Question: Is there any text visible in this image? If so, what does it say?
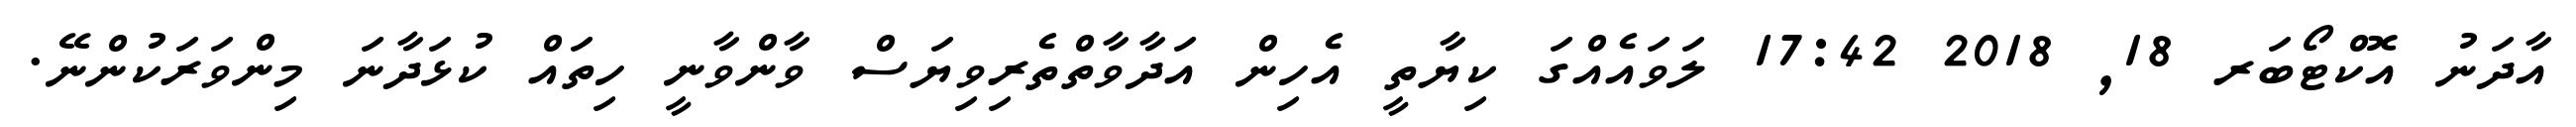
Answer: އާދަނު އޮކްޓޯބަރ 18, 2018 17:42 ލަވައެއްގަ ކިޔާތީ އެހިން އަދާވާތްތެރިވިޔަސް ވާންވާނީ ހިތައް ކުޅަދާނަ މިންވަރަކުންނޭ.